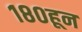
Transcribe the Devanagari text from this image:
१८०हून